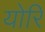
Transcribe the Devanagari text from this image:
योरि